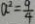
a ^ { 2 } = \frac { 9 } { 4 }